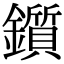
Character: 鑕